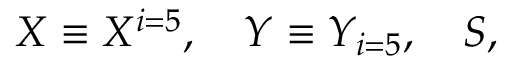
X \equiv X ^ { i = 5 } , \quad Y \equiv Y _ { i = 5 } , \quad S ,